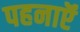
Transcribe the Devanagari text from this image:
पहनाऍं